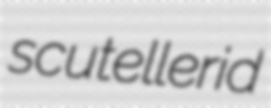
scutellerid